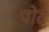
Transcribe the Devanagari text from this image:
पोटं